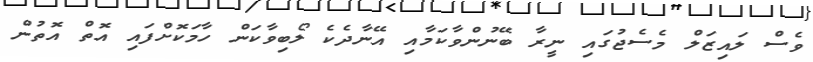
ވެސް ލައިޒަލް މެސެޖުގައި ނީރާ ބޭނުންވާކަމާއި އޭނާދެކެ ލޯބިވާކަން ހާމަކޮށްފައި އޮތް އޮތުން